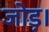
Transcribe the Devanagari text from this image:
जोड़।